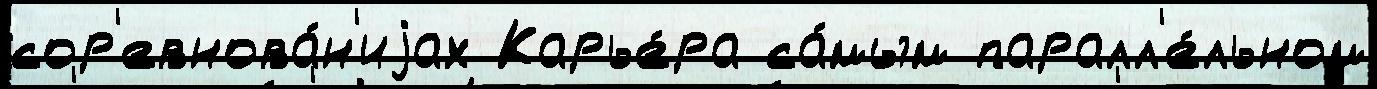
сор'евнова́н'иjах Карье́ра са́мым паралл'е́льном